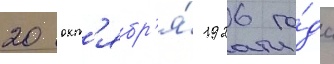
20 окт'ябр'я́ 1926 го́да